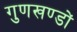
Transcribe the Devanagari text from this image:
गुणखण्डों